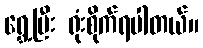
ရွှေ့ပြီး ရုံးစိုက်ရပါတယ်။